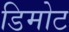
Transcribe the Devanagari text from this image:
डिमोट